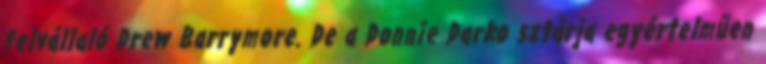
felvállaló Drew Barrymore. De a Donnie Darko sztárja egyértelműen